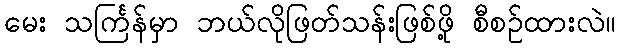
မေး သင်္ကြန်မှာ ဘယ်လိုဖြတ်သန်းဖြစ်ဖို့ စီစဉ်ထားလဲ။